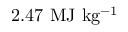
2 . 4 7 ~ \mathrm { M J ~ k g ^ { - 1 } }